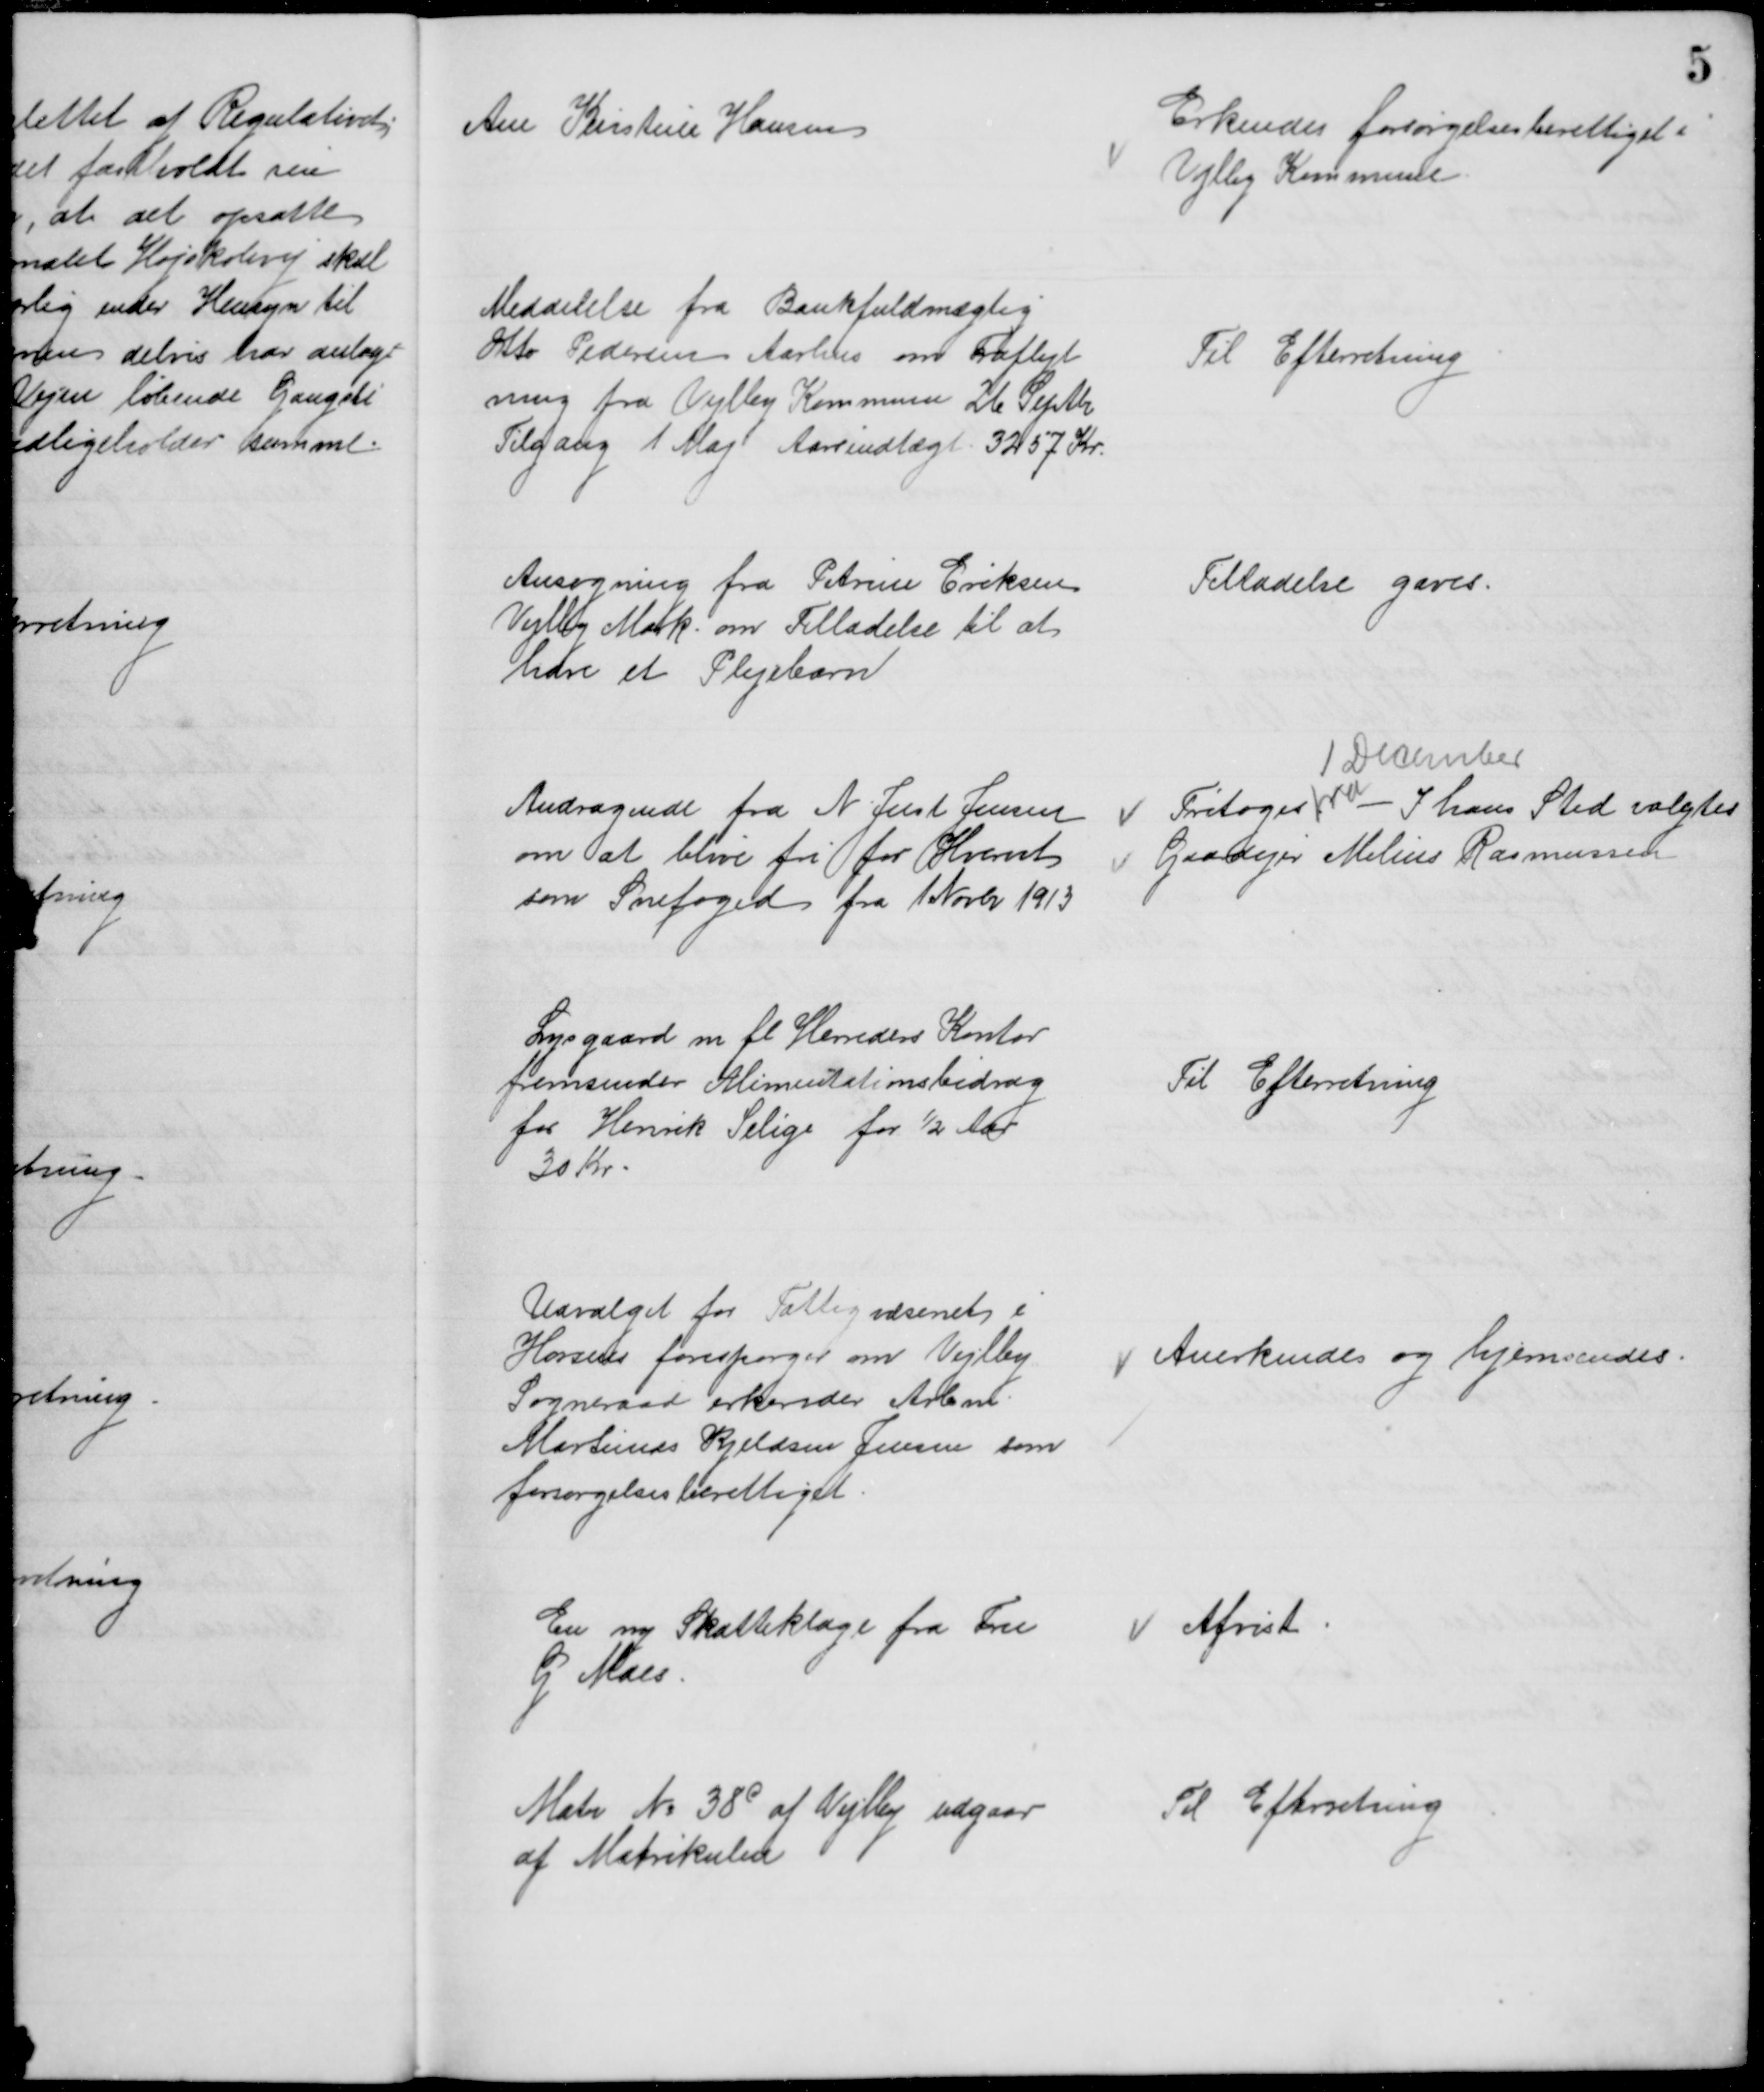
Transskription:
Ane Kirstine Hansen
Erkendes forsørgelsesberettiget i
Vejlby Kommune
Meddelelse fra Bankfuldmægtig
Otto Pedersen Aarhus om Fraflyt
ning fra Vejlby Kommune 26 Septbr
Tilgang 1 Maj Aarsindtægt 3257 Kr.
Til Efterretning
Ansøgning fra Petrine Eriksen
Vejlby Mark om Tilladelse til at
have et Plejebarn
Tilladelse gaves.
Andragende fra N. Just Jensen
om at blive fri for Hvervet
som Snefoged fra 1 Novbr 1913
Fritoges fra
1 December
I hans Sted valgtes
Gaardejer Melius Rasmussen
Lysgaard m. fl. Herreders Kontor
fremsender Alimentationsbidrag
for Henrik Selige for ½ Aar
30 Kr.
Til Efterretning
Udvalget for Fattigvæsenet i
Horsens forespørger om Vejlby
Sogneraad erkender Arbmd.
Martinus Kjeldsen Jensen som
forsørgelsesberettiget
Anerkendes og hjemsendes.
En ny Skatteklage fra Fru 
G. Maes.
Afvist
Matr № 38c af Vejlby udgaar
af Matrikulen
Til Efterretning